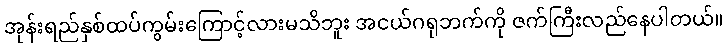
အုန်းရည်နှစ်ထပ်ကွမ်းကြောင့်လားမသိဘူး အငယ်ဂရုဘက်ကို ဇက်ကြီးလည်နေပါတယ်။